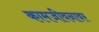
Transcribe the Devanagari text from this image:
कामजीवनावर